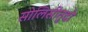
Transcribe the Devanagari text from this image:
सोलिसीतुदो